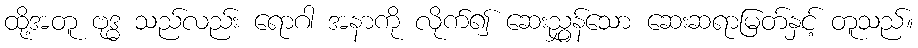
ထို့အတူ ဗုဒ္ဓ သည်လည်း ရောဂါ အနာကို လိုက်၍ ဆေးညွှန်သော ဆေးဆရာမြတ်နှင့် တူသည်။